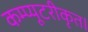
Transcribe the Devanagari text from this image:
कम्प्यूटरीकृत।